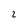
Character: 2